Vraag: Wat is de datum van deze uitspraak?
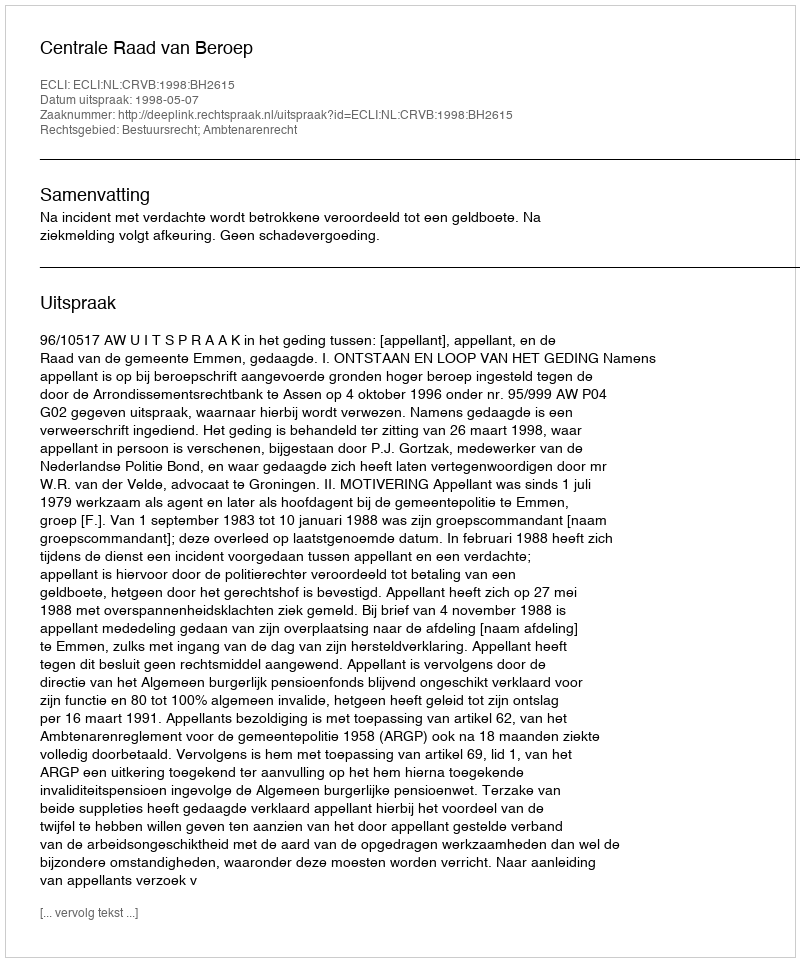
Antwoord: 1998-05-07